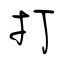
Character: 打